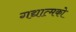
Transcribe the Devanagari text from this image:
गद्यात्‍मको